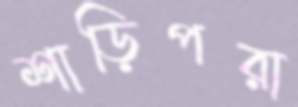
শাড়িপরা